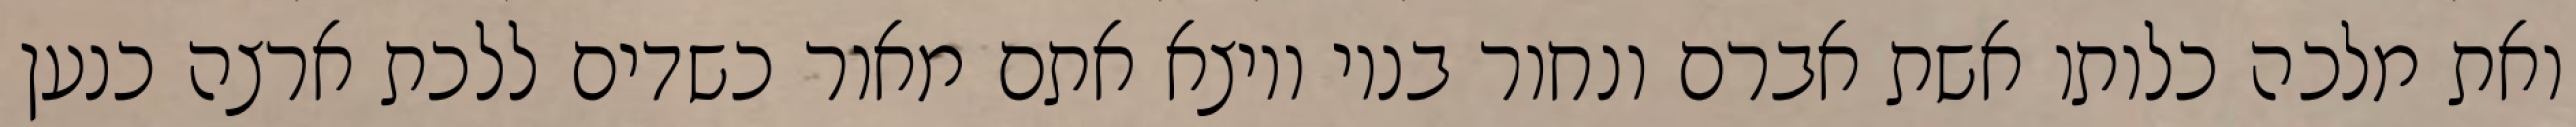
ואת מלכה כלותו אשת אברם ונחור בניו ויוצא אתם מאור כשדים ללכת ארצה כנען